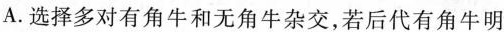
A.选择多对有角牛和无角牛杂交，若后代有角牛明